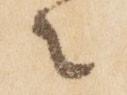
々